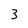
Character: 3